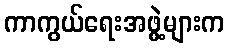
ကာကွယ်ရေးအဖွဲ့များက